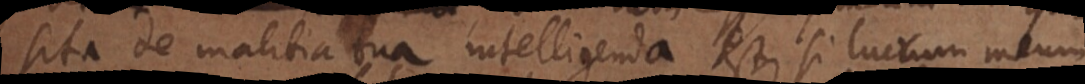
ita de malitia tua intelligenda est, si lucrum meum